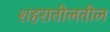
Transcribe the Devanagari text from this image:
शहरातीलतील